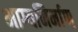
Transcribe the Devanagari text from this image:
भाग्यनिर्माण